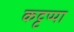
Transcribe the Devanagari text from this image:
कट्टप्पा